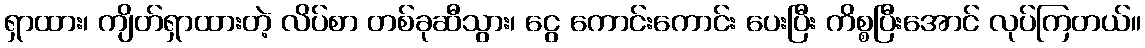
ရှာထား၊ ကျိတ်ရှာထားတဲ့ လိပ်စာ တစ်ခုဆီသွား၊ ငွေ ကောင်းကောင်း ပေးပြီး ကိစ္စပြီးအောင် လုပ်ကြတယ်။